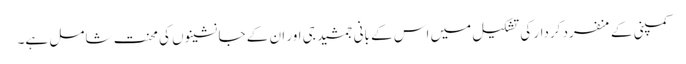
کمپنی کے منفرد کردار کی تشکیل میں اس کے بانی جمشید جی اور ان کے جانشینوں کی محنت شامل ہے۔